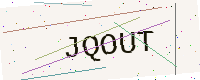
Text: JQOUT